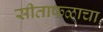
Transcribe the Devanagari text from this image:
सीताफळाचा